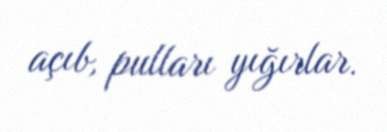
açıb, pulları yığırlar.